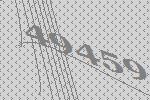
49459